Madras plague regulations and rules - Volume 2
Disease focus: Plague
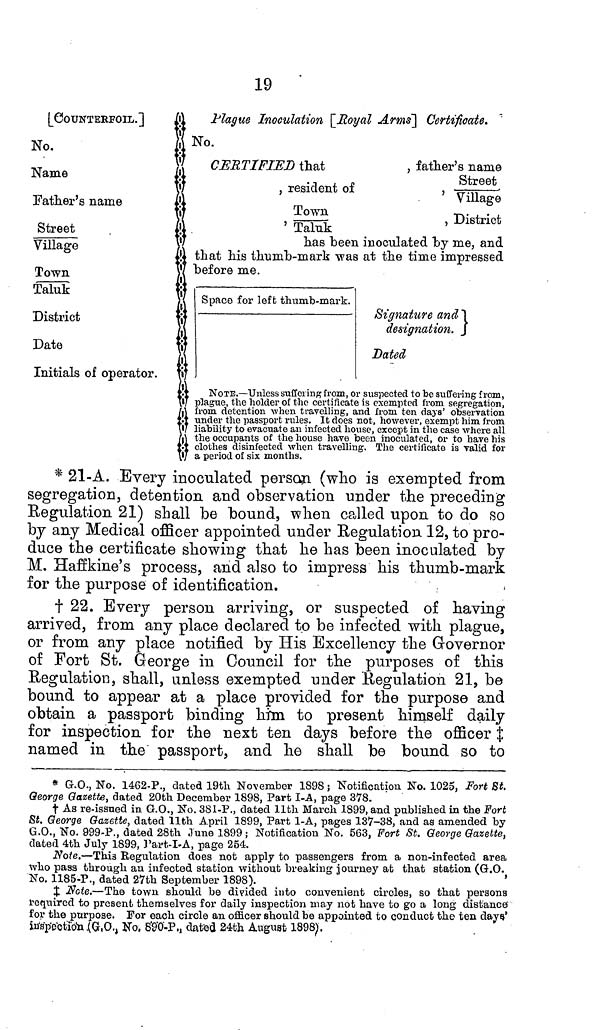
19
[COUNTERFOIL.]
Plague Inoculation [Royal Anns] Certificate.
No.
No.
CERTIFIED that
, father's name
Name
street
, resident of
,
Father's name
Village
Town
, District
Street
' Talnk
Village
has
been inoculated by me, and
that his thumb-mark was at the time impressed
Town
before me.
Taluk
Space for left thumb-mark.
District
Signature and}
designation,
Date
Dated
Initials of operator,
N
o. • suspected to be suffering from,
plagu
is exempted from segregation,
from
nd from ten days' observation
under the passport rules. If does not, however, exempt him from,
liability to evacuate an infected house, except in the case where all
the occupants of the house have been inoculated, or to have his
clothes
disinfected when travelling. The certificate is valid for
V a period of six months.
* 21-A. Every inoculated person (who is exempted from
segregation, detention and observation under the preceding
Regulation 21) shall be bound, when called upon to do so
by any Medical officer appointed under Regulation. 12, to pro-
duce the certificate showing that he has been inoculated by
M. Haffkine's process, and also to impress his thumb-mark
for the purpose of identification.
† 22. Every person arriving, or suspected of having
arrived, from any place declared to be infected with plague,
or from any place notified by His Excellency the Governor
of Fort St. George in Council for the purposes of this
Regulation, shall, unless exempted under Regulation 21, be
bound to appear at a place provided for the purpose and
obtain a passport binding him to present himself daily
for inspection for the next ten days before the officer ‡
named in the passport, and he shall be bound so to
* G.O., No. 1462-P., dated 19th. November 1898; "Notification. No. 1025, Fort St.
George Gazette, dated 20th December 1898, Part I-A, page 378.
† As re-issued in. G.O., No. 381-P., dated 11th March 1899, and published in the Fort
St. George Gazette, dated 11th April 1899, Part 1-A, pages 137-38, and as amended by
G.O., No. 999-P., dated 28th June 1899; Notification No. 563, Fort St. George Gazette,
dated 4th July 1899, Part-I-A, page 254.
Note.—This Regulation does not apply to passengers from a non-infected area
who pass through an infected station without breaking journey at that station (G.O.
No. 1185-P., dated 27th September 1898).
'
‡ Note.—The town should be divided into convenient circles, so that persons
required to present themselves for daily inspection may not have to go a long distance"
for the purpose. For each circle an officer should be appointed to conduct the ten days'
inspection (G.O., No. 890-P., dated 24th August 1898).